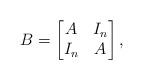
LaTeX: \begin{align*}B =\begin{bmatrix}A & I_n\\I_n & A\end{bmatrix},\end{align*}